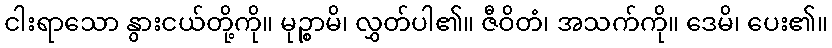
ငါးရာသော နွားငယ်တို့ကို။ မုဉ္စာမိ၊ လွှတ်ပါ၏။ ဇီဝိတံ၊ အသက်ကို။ ဒေမိ၊ ပေး၏။